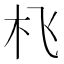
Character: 𱢿